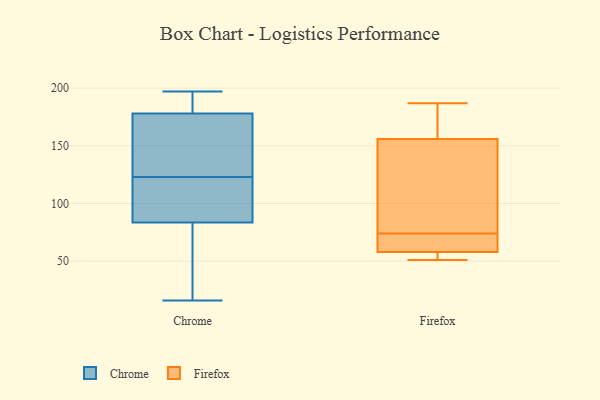
{"axis": {"x": "Revenue (USD Million)", "y": "Value"}, "legend": ["Chrome", "Firefox"], "data": [{"x": "", "y": 34, "type": "Chrome"}, {"x": "", "y": 164, "type": "Chrome"}, {"x": "", "y": 194, "type": "Chrome"}, {"x": "", "y": 183, "type": "Chrome"}, {"x": "", "y": 184, "type": "Chrome"}, {"x": "", "y": 195, "type": "Chrome"}, {"x": "", "y": 30, "type": "Chrome"}, {"x": "", "y": 173, "type": "Chrome"}, {"x": "", "y": 114, "type": "Chrome"}, {"x": "", "y": 89, "type": "Chrome"}, {"x": "", "y": 92, "type": "Chrome"}, {"x": "", "y": 16, "type": "Chrome"}, {"x": "", "y": 132, "type": "Chrome"}, {"x": "", "y": 165, "type": "Chrome"}, {"x": "", "y": 89, "type": "Chrome"}, {"x": "", "y": 93, "type": "Chrome"}, {"x": "", "y": 78, "type": "Chrome"}, {"x": "", "y": 197, "type": "Chrome"}, {"x": "", "y": 31, "type": "Chrome"}, {"x": "", "y": 149, "type": "Chrome"}, {"x": "", "y": 61, "type": "Firefox"}, {"x": "", "y": 67, "type": "Firefox"}, {"x": "", "y": 156, "type": "Firefox"}, {"x": "", "y": 81, "type": "Firefox"}, {"x": "", "y": 185, "type": "Firefox"}, {"x": "", "y": 124, "type": "Firefox"}, {"x": "", "y": 51, "type": "Firefox"}, {"x": "", "y": 58, "type": "Firefox"}, {"x": "", "y": 57, "type": "Firefox"}, {"x": "", "y": 187, "type": "Firefox"}]}